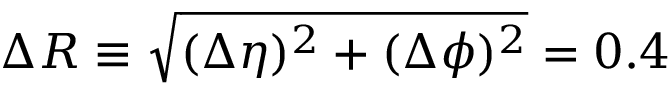
{ \Delta R \equiv \sqrt { ( \Delta \eta ) ^ { 2 } + ( \Delta \phi ) ^ { 2 } } = 0 . 4 }